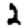
Digit: 2